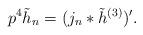
LaTeX: \begin{align*}p^4 \tilde h_{n} = (j_n * \tilde h^{(3)})'.\end{align*}